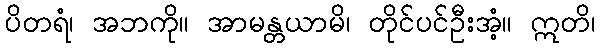
ပိတရံ၊ အဘကို။ အာမန္တယာမိ၊ တိုင်ပင်ဦးအံ့။ ဣတိ၊